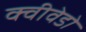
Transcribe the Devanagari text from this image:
क्वीवेडो